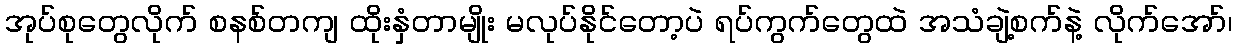
အုပ်စုတွေလိုက် စနစ်တကျ ထိုးနှံတာမျိုး မလုပ်နိုင်တော့ပဲ ရပ်ကွက်တွေထဲ အသံချဲ့စက်နဲ့ လိုက်အော်၊